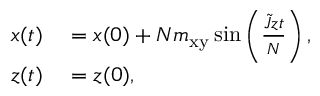
\begin{array} { r l } { x ( t ) } & { { } = x ( 0 ) + N m _ { \mathrm { x y } } \, \mathrm { s i n } \left( \frac { \tilde { J } z t } { N } \right) , } \\ { z ( t ) } & { { } = z ( 0 ) , } \end{array}